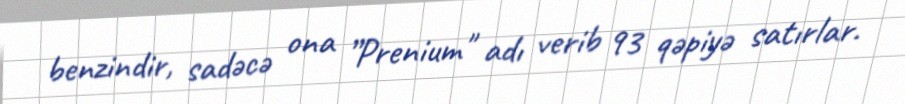
benzindir, sadəcə ona ”Prenium" adı verib 93 qəpiyə satırlar.